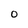
Character: O